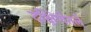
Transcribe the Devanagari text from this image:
दक्षिणेतले